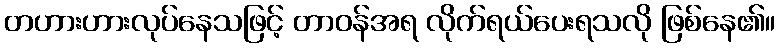
တဟားဟားလုပ်နေသဖြင့် တာဝန်အရ လိုက်ရယ်ပေးရသလို ဖြစ်နေ၏။